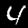
Digit: 4